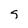
Character: s